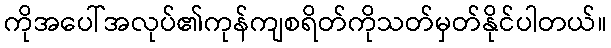
ကိုအပေါ်အလုပ်၏ကုန်ကျစရိတ်ကိုသတ်မှတ်နိုင်ပါတယ်။